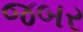
જબર